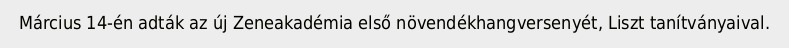
Március 14-én adták az új Zeneakadémia első növendékhangversenyét, Liszt tanítványaival.